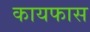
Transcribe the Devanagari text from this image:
कायफास